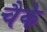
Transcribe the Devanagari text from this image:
चैके